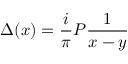
\Delta ( x ) = \frac { i } { \pi } { \cal P } \frac { 1 } { x - y }